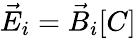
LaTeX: \vec{E}_{i}=\vec{B}_{i}[C]